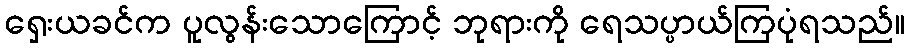
ရှေးယခင်က ပူလွန်းသောကြောင့် ဘုရားကို ရေသပ္ပာယ်ကြပုံရသည်။